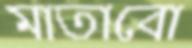
মাতাবো